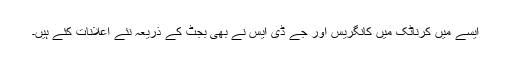
ایسے میں کرناٹک میں کانگریس اور جے ڈی ایس نے بھی بجٹ کے ذریعہ نئے اعلانات کئے ہیں۔